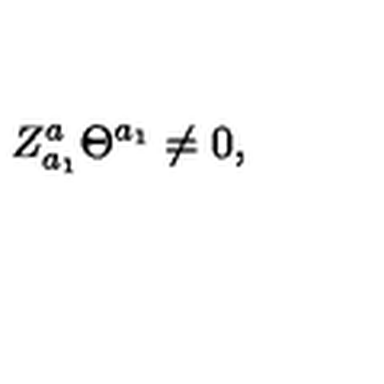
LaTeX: Z _ { a _ { 1 } } ^ { a } \Theta ^ { a _ { 1 } } \neq 0 ,